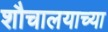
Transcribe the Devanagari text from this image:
शौचालयाच्या